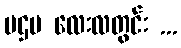
ပဌမ လေးလတွင်း ...